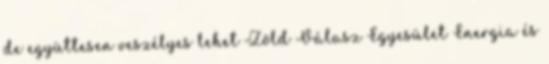
de együttesen veszélyes lehet Zöld Válasz Egyesület Energia és